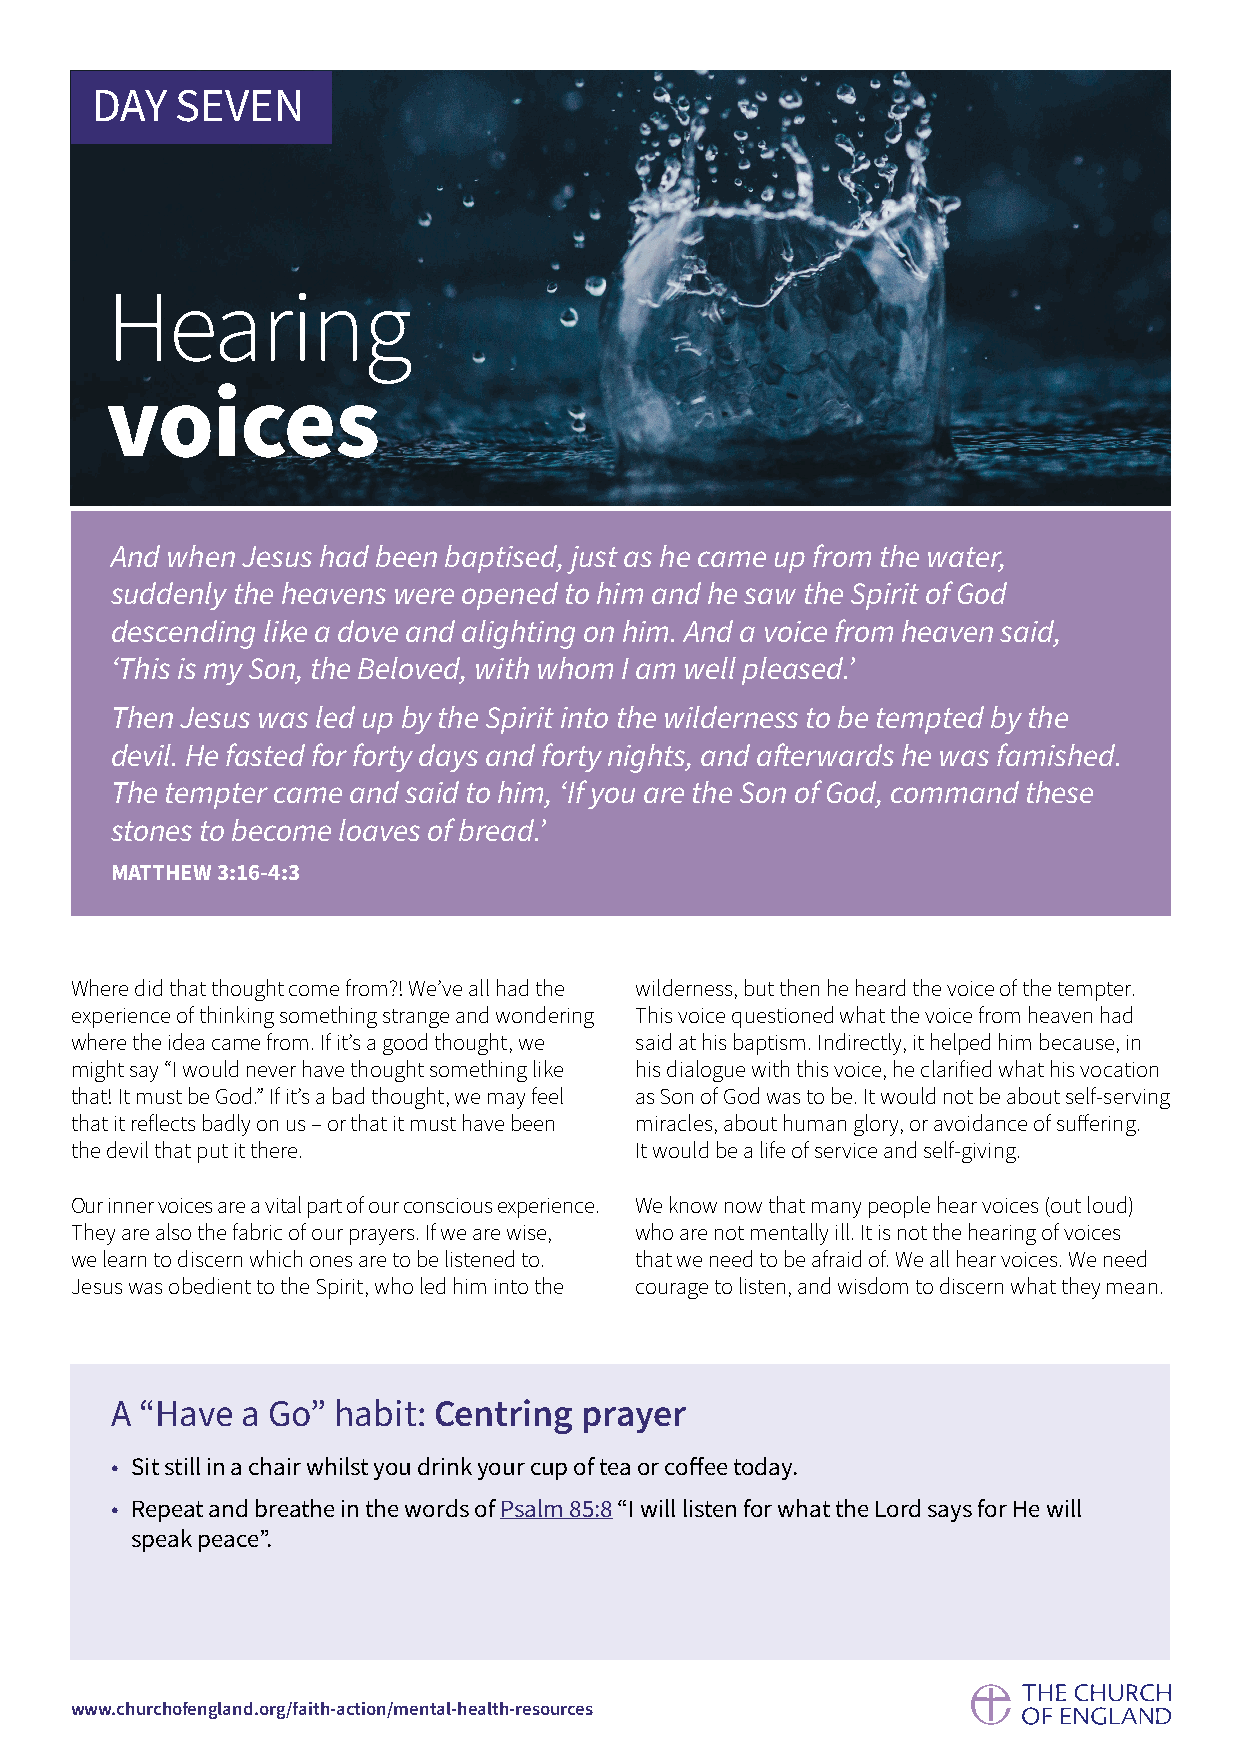
DAY   SEVEN
 Hearing
 voices
 And when Jesus had been baptised, just as he came up from the water,
 suddenly the heavens were opened to him and he saw the Spirit of God
 descending like a dove and alighting on him. And a voice from heaven said,
 ‘This is my Son, the Beloved, with whom I am well pleased.’
 Then Jesus was led up by the Spirit into the wilderness to be tempted by the
 devil. He fasted for forty days and forty nights, and afterwards he was famished.
 The tempter came and said to him, ‘If you are the Son of God, command these
 stones to become loaves of bread.’
 MATTHEW 3:16-4:3
 Where did that thought come from?! We’ve all had the wilderness, but then he heard the voice of the tempter.
 experience of thinking something strange and wondering This voice questioned what the voice from heaven had
 where the idea came from. If it’s a good thought, we said at his baptism. Indirectly, it helped him because, in
 might say “I would never have thought something like his dialogue with this voice, he clarified what his vocation
 that! It must be God.” If it’s a bad thought, we may feel as Son of God was to be. It would not be about self-serving
 that it reflects badly on us – or that it must have been miracles, about human glory, or avoidance of suffering.
 the devil that put it there.         It would be a life of service and self-giving.
 Our inner voices are a vital part of our conscious experience. We know now that many people hear voices (out loud)
 They are also the fabric of our prayers. If we are wise, who are not mentally ill. It is not the hearing of voices
 we learn to discern which ones are to be listened to. that we need to be afraid of. We all hear voices. We need
 Jesus was obedient to the Spirit, who led him into the courage to listen, and wisdom to discern what they mean.
 A “Have  a Go” habit: Centring prayer
 • Sit still in a chair whilst you drink your cup of tea or coffee today.
 • Repeat and breathe in the words of Psalm 85:8 “I will listen for what the Lord says for He will
 speak peace”.
 www.churchofengland.org/faith-action/mental-health-resources